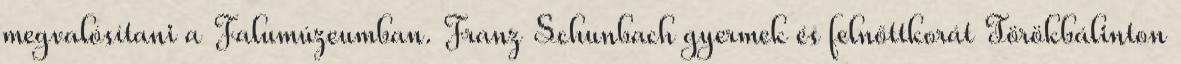
megvalósítani a Falumúzeumban. Franz Schunbach gyermek és felnőttkorát Törökbálinton